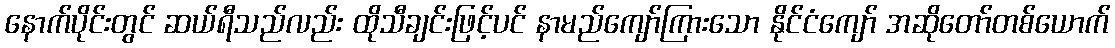
နောက်ပိုင်းတွင် ဆယ်ရီသည်လည်း ထိုသီချင်းဖြင့်ပင် နာမည်ကျော်ကြားသော နိုင်ငံကျော် အဆိုတော်တစ်ယောက်